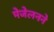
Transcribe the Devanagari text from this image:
मेजेलनने